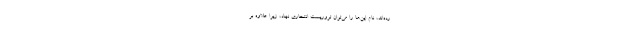
رده‌اند، نام این‌ها را می‌توان تروریست انتحاری نهاد، زیرا علاوه بر